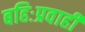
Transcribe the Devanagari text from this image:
बहिःप्रवाही